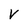
Character: v